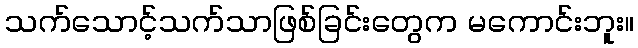
သက်သောင့်သက်သာဖြစ်ခြင်းတွေက မကောင်းဘူး။